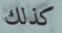
كذلك